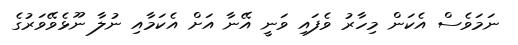
ނަމަވެސް އެކަން މިހާރު ވެފައި ވަނީ އޭނާ އަށް އެކަމާއި ނުލާ ނޫޅެވޭވަރުގެ